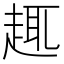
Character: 𧼈